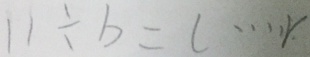
1 1 \div b = l \cdots r